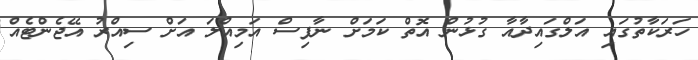
ހަރަކާތުގައި އަލްގައިދާއާ ގުޅުން އޮތް ކަމަށް ނާފިސް އަމިއްލަ އަށް ސިއްރު އޭޖެންޓެއް